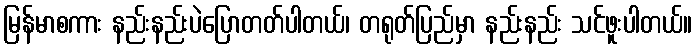
မြန်မာစကား နည်းနည်းပဲပြောတတ်ပါတယ်၊ တရုတ်ပြည်မှာ နည်းနည်း သင်ဖူးပါတယ်။